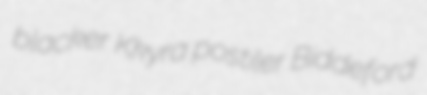
blacker Kkyra postiler Biddeford